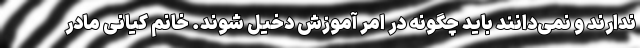
ندارند و نمی‌دانند باید چگونه در امر آموزش دخیل شوند. خانم کیانی مادر